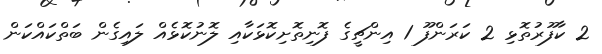
2 ކާފޫރުތޮޅި 2 ކަރަންފޫ 1 އިންޗީގެ ފޮނިތޮށިކޮޅަކާއި ލޮނުކޮޅެއް ލައިގެން ބަތްކައްކަން